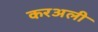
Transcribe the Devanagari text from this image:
करअली